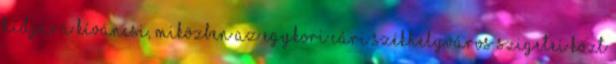
hídjára kíváncsi, miközben az egykori cári székhelyváros szigetei közt